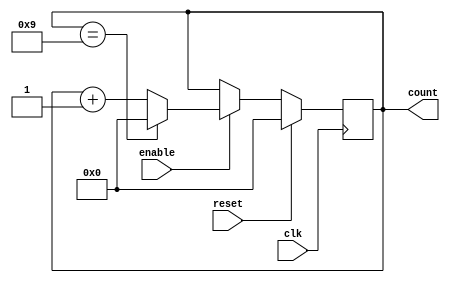
module bcd_up_counter_with_enable(
    input wire clk,
    input wire reset,
    input wire enable,
    output reg [3:0] count
);

always @(posedge clk) begin
    if(reset) begin
        count <= 0;
    end else begin
        if(enable) begin
            if(count == 4'b1001) begin
                count <= 0;
            end else begin
                count <= count + 1;
            end
        end
    end
end

endmodule